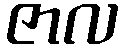
ဇာလ